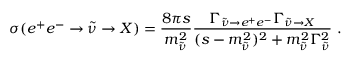
\sigma ( e ^ { + } e ^ { - } \rightarrow \tilde { \nu } \rightarrow X ) = \frac { 8 \pi s } { m _ { \tilde { \nu } } ^ { 2 } } \frac { \Gamma _ { \tilde { \nu } \rightarrow e ^ { + } e ^ { - } } \Gamma _ { \tilde { \nu } \rightarrow X } } { ( s - m _ { \tilde { \nu } } ^ { 2 } ) ^ { 2 } + m _ { \tilde { \nu } } ^ { 2 } \Gamma _ { \tilde { \nu } } ^ { 2 } } \ .